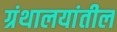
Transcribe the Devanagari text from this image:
ग्रंथालयांतील